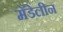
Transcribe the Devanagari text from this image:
मॅडेलीन